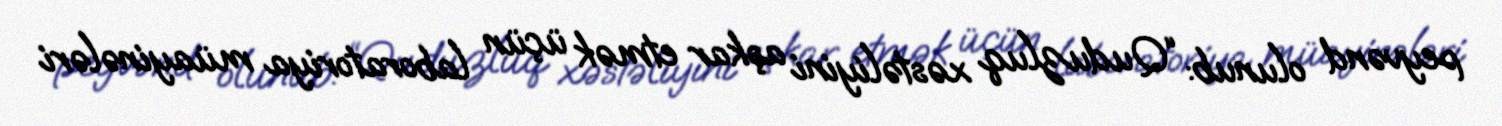
peyvənd olunub: “Quduzluq xəstəliyini aşkar etmək üçün laboratoriya müayinələri